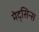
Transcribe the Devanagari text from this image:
मेद्सिन्स